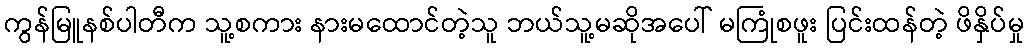
ကွန်မြူနစ်ပါတီက သူ့စကား နားမထောင်တဲ့သူ ဘယ်သူ့မဆိုအပေါ် မကြုံစဖူး ပြင်းထန်တဲ့ ဖိနှိပ်မှု